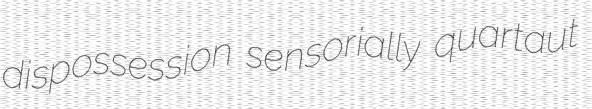
dispossession sensorially quartaut